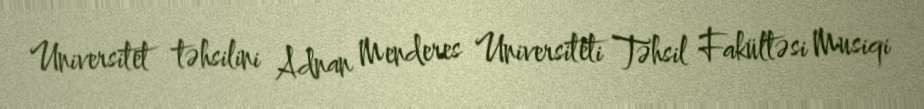
Universitet təhsilini Adnan Menderes Universiteti Təhsil Fakültəsi Musiqi